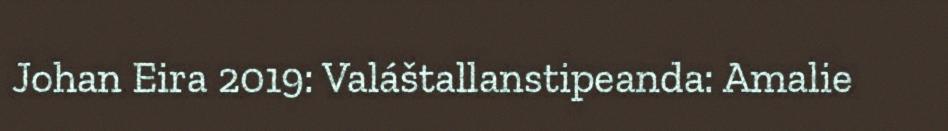
Johan Eira 2019: Valáštallanstipeanda: Amalie